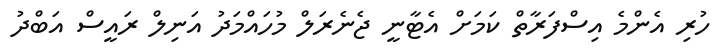
ހުރި އެންމެ އިސްފަރާތް ކަމަށް އެޓާނީ ޖެނެރަލް މުހައްމަދު އަނިލް ރައީސް އަބްދު